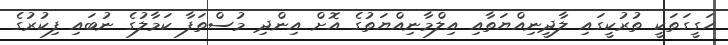
ހަގީގަތަކީ ތުރުކީގައި ލާދީނިއްޔަތާއި އިލްމާނިއްޔަތުގެ އޮށް އިންދި މުސްތަފާ ކަމާލުގެ ނުބައި ފިކުރުގެ